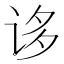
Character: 𰵥